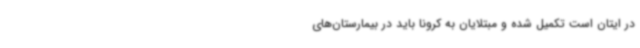
در ایتان است تکمیل‌ شده و مبتلایان به کرونا باید در بیمارستان‌های